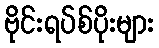
ဗိုင်းရပ်စ်ပိုးများ